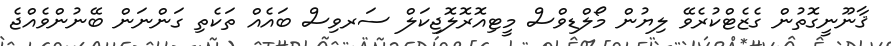
ޤާނޫނީގޮތުން ގެޒެޓްކުރެވޭ ލިޔުން މޯލްޑިވްސް މީޓިއޮރޮލޮޖިކަލް ސަރވިސް ބައެއް ތަކެތި ގަންނަން ބޭނުންވެއްޖެ